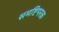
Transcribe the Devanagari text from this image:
समष्टिपरक